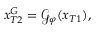
x _ { T 2 } ^ { G } = \mathcal { G } _ { \varphi } ( x _ { T 1 } ) ,